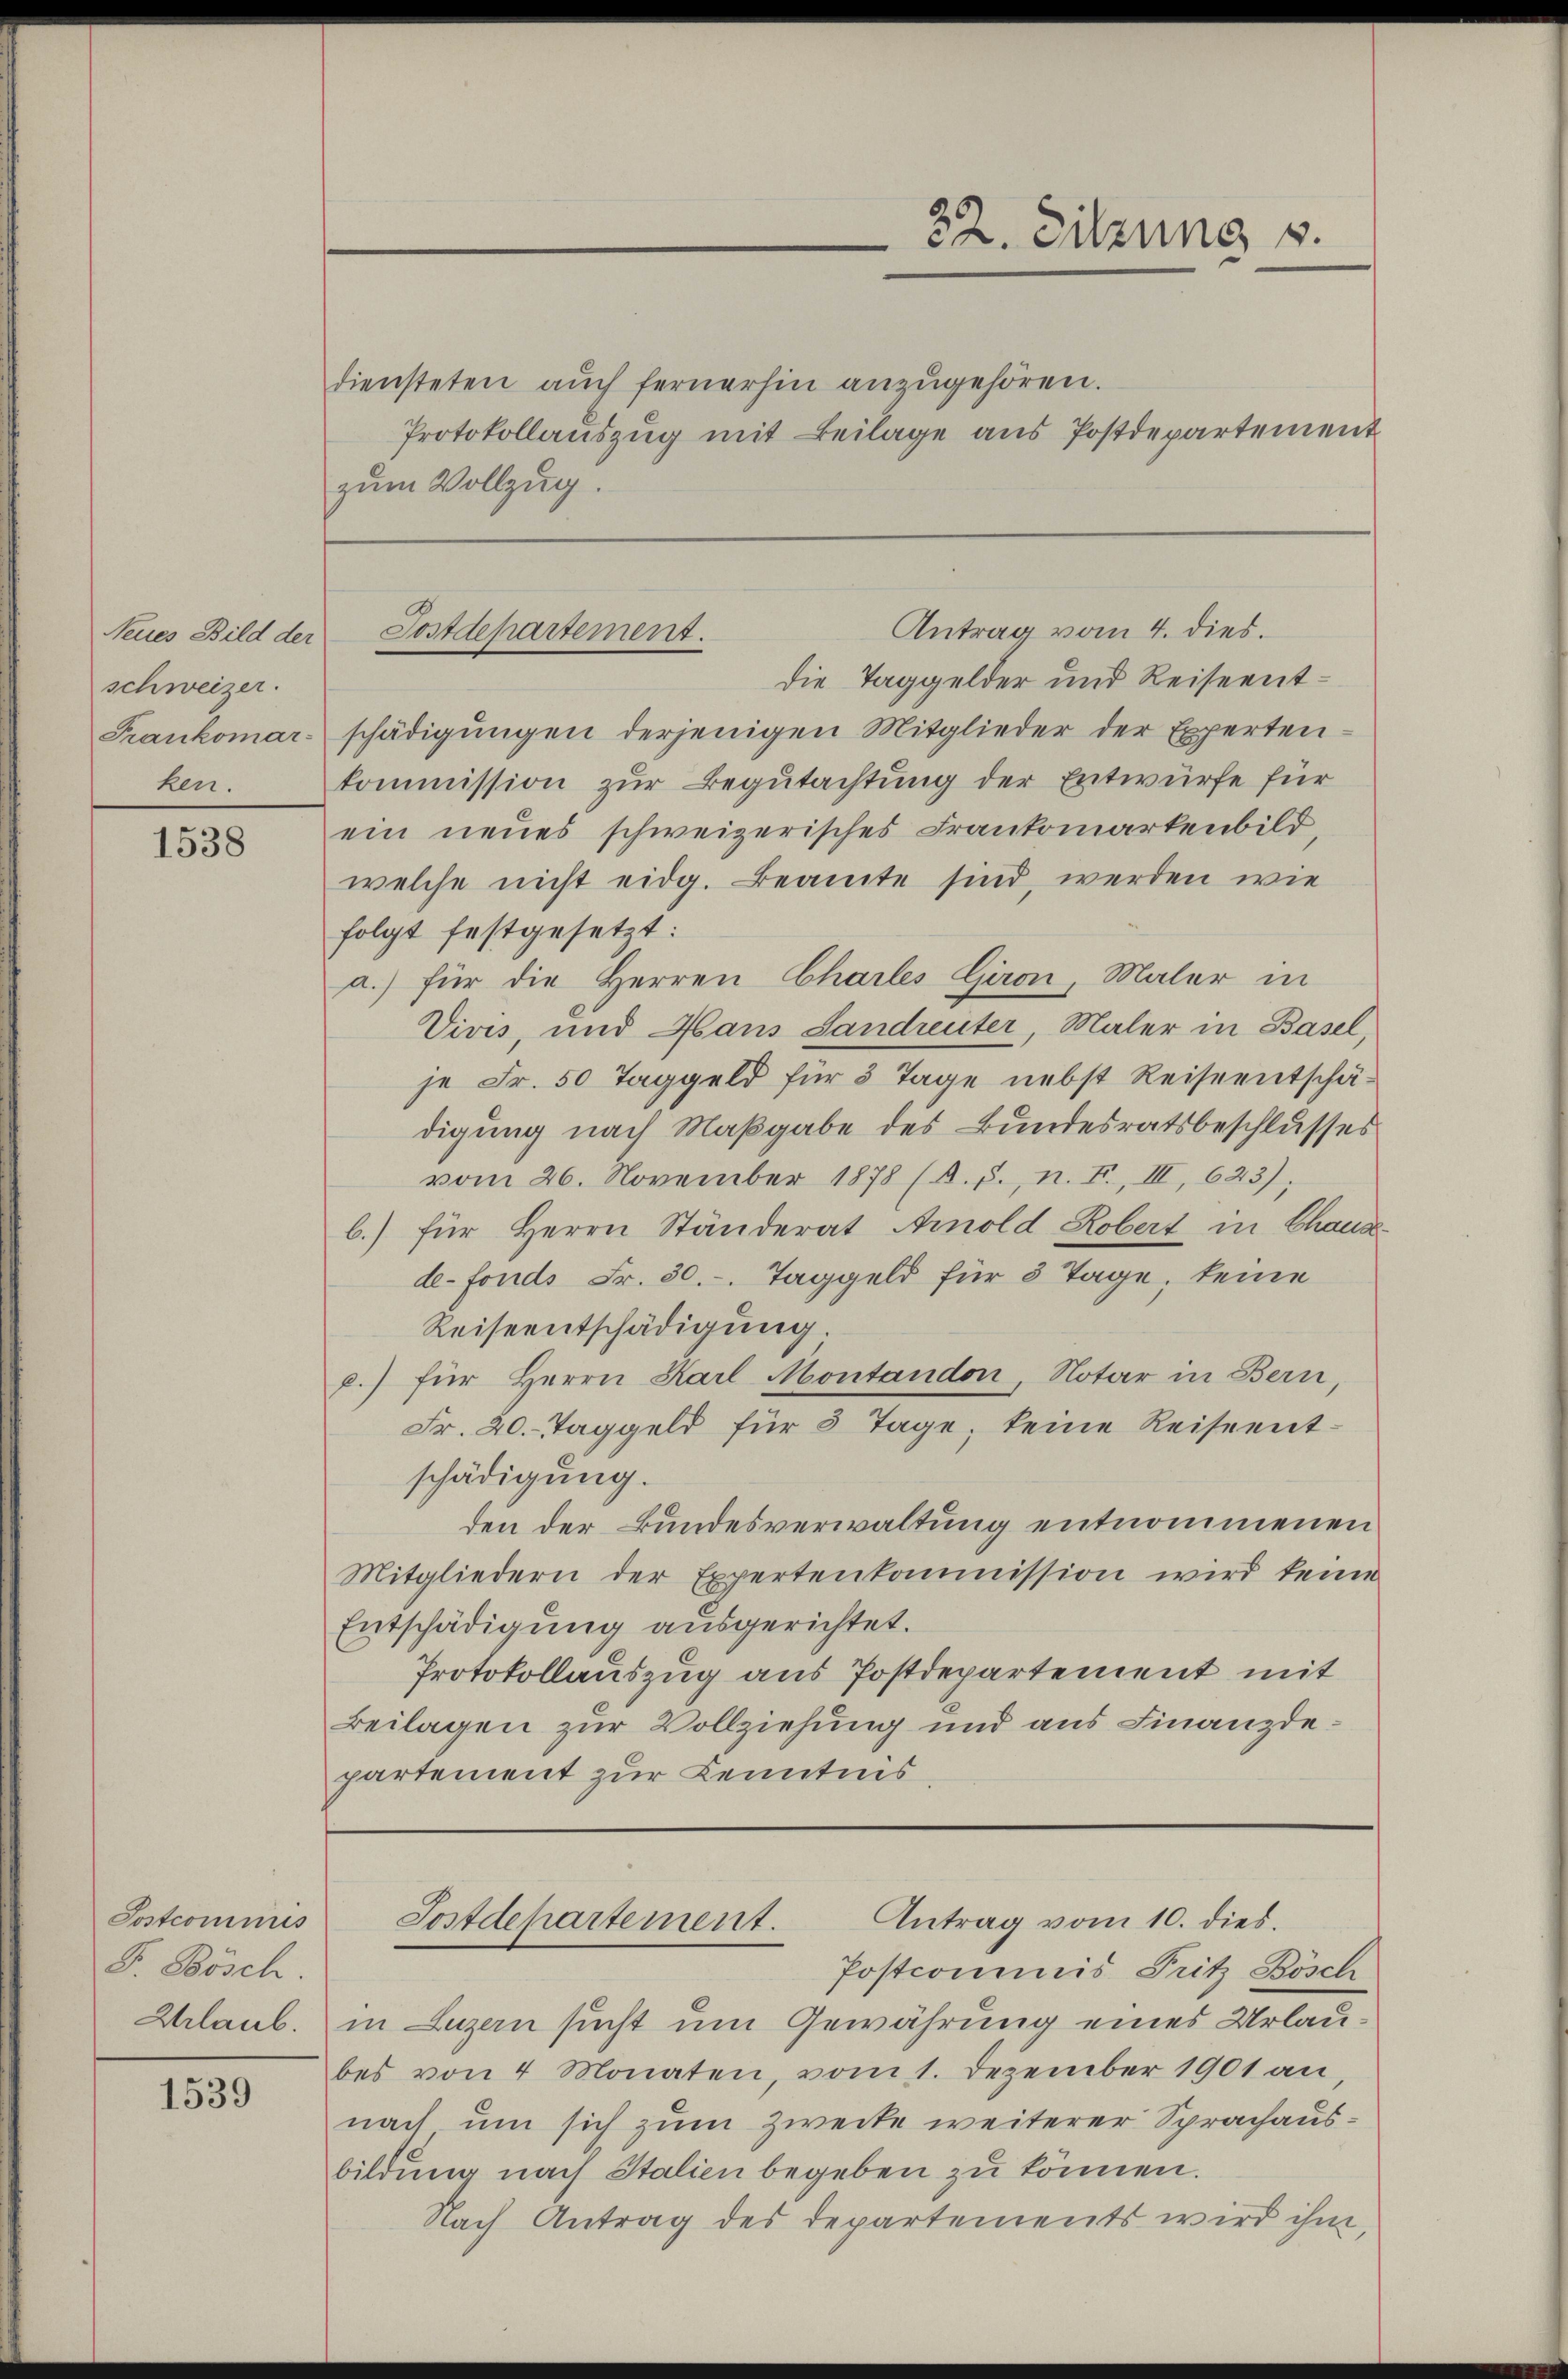
schweizer.
ken.

1538

Jostcommis
F. Bösch.
Zhrlaub.

1539

22. Sitzung v.

diensteten aŭch fernerhin anzŭgehören.
Protokollauszug mit Beilage aus Postdepartement
zum Vollzug.

Die Taggelder und Reiseent¬
Frankomarschädigŭngen derjenigen Mitglieder der Experten-
kommission zur Begutachtung der Entwurfe für
ein neues schweizerisches Frankomarkenbild,
welche nicht eidg. Beamte sind, werden wie
folgt festgesetzt:
a.) für die Herren Charles Giron, Maler in
Vivis, und Haus Sandreuter, Maler in Basel,
je Fr. 50 Taggeld für 3 Tage nebst Reiseentschädigung nach Maßgabe des Bundesratsbeschlusses
vom 26. November 1878 (A. S., n. F., III, 623);
b.) für Herrn Ständerat Arnold Robert in Chaus
de-Fonds Fr. 30.-. Taggeld für 8 Tage, keine
Reiseentschädigung.
p.) für Herrn Karl Montandon, Notar in Bern,
Fr. 20. Taggeld für 8 Tage, keine Reiseentschädigung.
den der Bundesverwaltung entnommenen
Mitgliedern der Expertenkommission wird keine
Entschädigung ausgerichtet.
Protokollauszug aus Postdepartement mit
Beilagen zur Vollziehung und aus Finanzdepartement zur Kenntnis,

Antrag vom 4. dies.
Neues Bild der Postdepartement.

Postcommis Fritz Bösch
in Luzern sucht um Gewährung eines Urlaubes von 4 Monaten, vom 1. Dezember 1901 an,
nach um sich zum Zwecke weiterer Sprachausbildung nach Italien begeben zu können.
Nach Antrag des Departements wird ihm,

Sostdepartement. Antrag vom 10. dies.